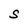
Character: S